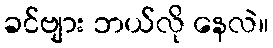
ခင်ဗျား ဘယ်လို နေလဲ။